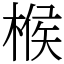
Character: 㮢